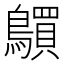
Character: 𲍦